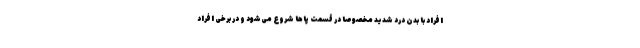
افراد با بدن درد شدید مخصوصا در قسمت پاها شروع می‌شود و در برخی افراد